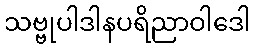
သဗ္ဗုပါဒါနပရိညာဝါဒေါ